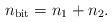
LaTeX: \begin{align*}n_{\textnormal{bit}} = n_1 + n_2. \end{align*}